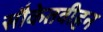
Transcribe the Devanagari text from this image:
सौकेतवीहन